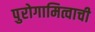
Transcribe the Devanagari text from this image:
पुरोगामित्वाची